system: You are a helpful assistant.
user:
Analyze the provided spectrum to determine if it is a **S-type Star**.

- **Key Indicators for S-type Star:**

    - **(Overall Spectrum Shape):** The first and most obvious characteristic is the overall continuum (the "baseline" shape). It is **extremely "red-sloping,"** meaning the flux (light intensity) is very low on the left side (blue, ~4000-4500 Å) and rises steeply and continuously toward the right side (red, ~7000 Å+).

    - **(Primary):** The spectrum is defined by the presence of strong, broad molecular absorption "valleys" (bands) from **Zirconium Oxide (ZrO)**. The identification of these bands is the **primary requirement** for classifying a star as S-type.
        - **(Key Bandheads):** You must find distinct, deep "dips" where the light has been absorbed. The most critical band systems to locate are:
            - **~6474 Å** ($\gamma$-system): This is often the strongest and clearest ZrO feature, found in the red part of the spectrum.
            - **~5718 Å** & **~5551 Å** ($\beta$-system): A pair of prominent absorption features in the yellow-orange part of the spectrum.
            - **~4640 Å** ($\alpha$-system): A key absorption band system in the blue-green region of the spectrum.

    - **(Secondary Confirmation):** The classification is strengthened by finding additional absorption bands from other related heavy element oxides, which are expected to be present alongside ZrO.
        - **(Key Bandheads):**
            - **Yttrium Oxide (YO):** Look for absorption dips near **~4800 Å** and **~6100 Å**.
            - **Lanthanum Oxide (LaO):** Additional absorption features, particularly in the red-orange part of the spectrum, are also characteristic.

    - **(Line Profile):** The combination of the steep red continuum and these numerous, deep molecular bands (ZrO, YO, etc.) gives the entire spectrum a very **"chopped-up"** or **"bumpy"** appearance. Instead of a smooth curve, the spectrum looks as though large, wide chunks of light have been "carved out" of it at the specific wavelengths listed above.

Think first, call **spectral_visualization_tool** if needed to examine features in detail, then provide your final answer. Your response must adhere to the following strict rules:
1.  **Overall Structure:** Your response must follow the format `<think>...</think> <tool_call>...</tool_call> (if a tool is used) <answer>...</answer>`.
2.  **Tool Usage Constraint:** You may only make **one** tool call per turn.
3.  **Final Answer Format:** In the `<answer>` tag, your conclusion must be inside a `\boxed{}` command (e.g., `\boxed{YES}` or `\boxed{NO}`), followed by your justification.

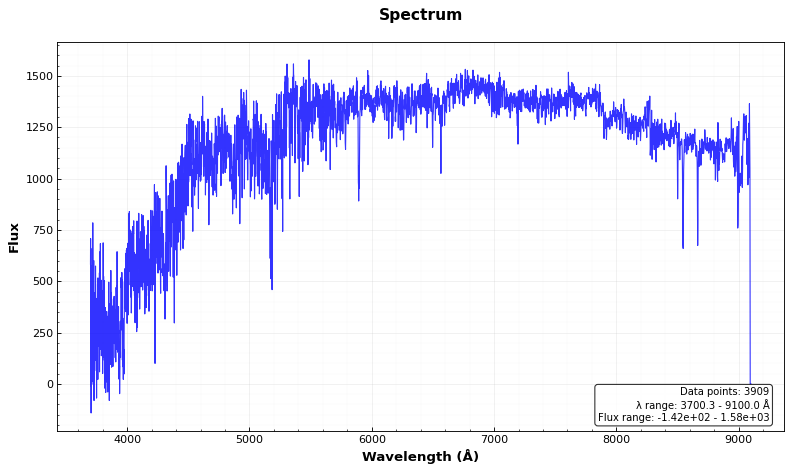
Answer: NO